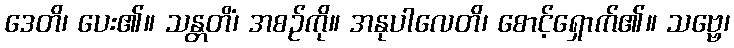
ဒေတိ၊ ပေး၏။ သန္တတိံ၊ အစဉ်ကို။ အနုပါလေတိ၊ စောင့်ရှောက်၏။ သဗ္ဗေ၊